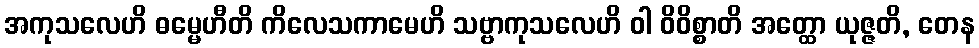
အကုသလေဟိ ဓမ္မေဟီတိ ကိလေသကာမေဟိ သဗ္ဗာကုသလေဟိ ဝါ ဝိဝိစ္စာတိ အတ္ထော ယုဇ္ဇတိ, တေန